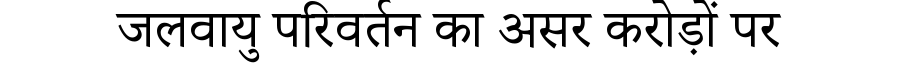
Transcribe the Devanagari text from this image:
जलवायु परिवर्तन का असर करोड़ों पर